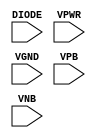
module sky130_fd_sc_hd__diode (
    DIODE,
    VPWR ,
    VGND ,
    VPB  ,
    VNB
);

    // Module ports
    input DIODE;
    input VPWR ;
    input VGND ;
    input VPB  ;
    input VNB  ;
     // No contents.
endmodule